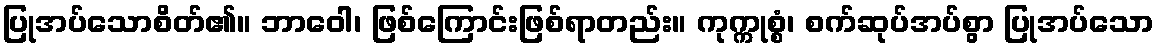
ပြုအပ်သောစိတ်၏။ ဘာဝေါ၊ ဖြစ်ကြောင်းဖြစ်ရာတည်း။ ကုက္ကုစ္စံ၊ စက်ဆုပ်အပ်စွာ ပြုအပ်သော